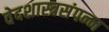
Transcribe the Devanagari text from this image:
वेदशास्त्रसंपन्‍न